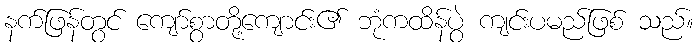
နက်ဖြန်တွင် ကျော်စွာတို့ကျောင်း၏ ဘုံကထိန်ပွဲ ကျင်းပမည်ဖြစ် သည်။